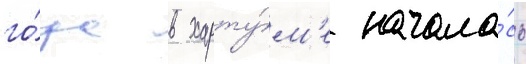
го́да в харту́м'е начала́сь